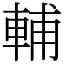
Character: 輔